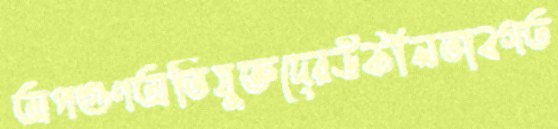
অপগুণঅভিযুক্তদেরউকীলভাবগত